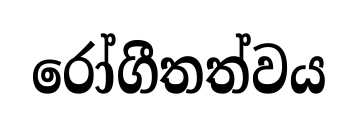
රෝගීතත්වය